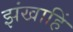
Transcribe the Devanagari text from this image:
झंखाहिं